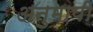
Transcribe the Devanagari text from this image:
अनुमापी